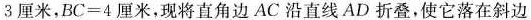
3厘米，$$BC=4$$厘米，现将直角边AC沿直线AD折叠，使它落在斜边